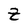
Character: Z